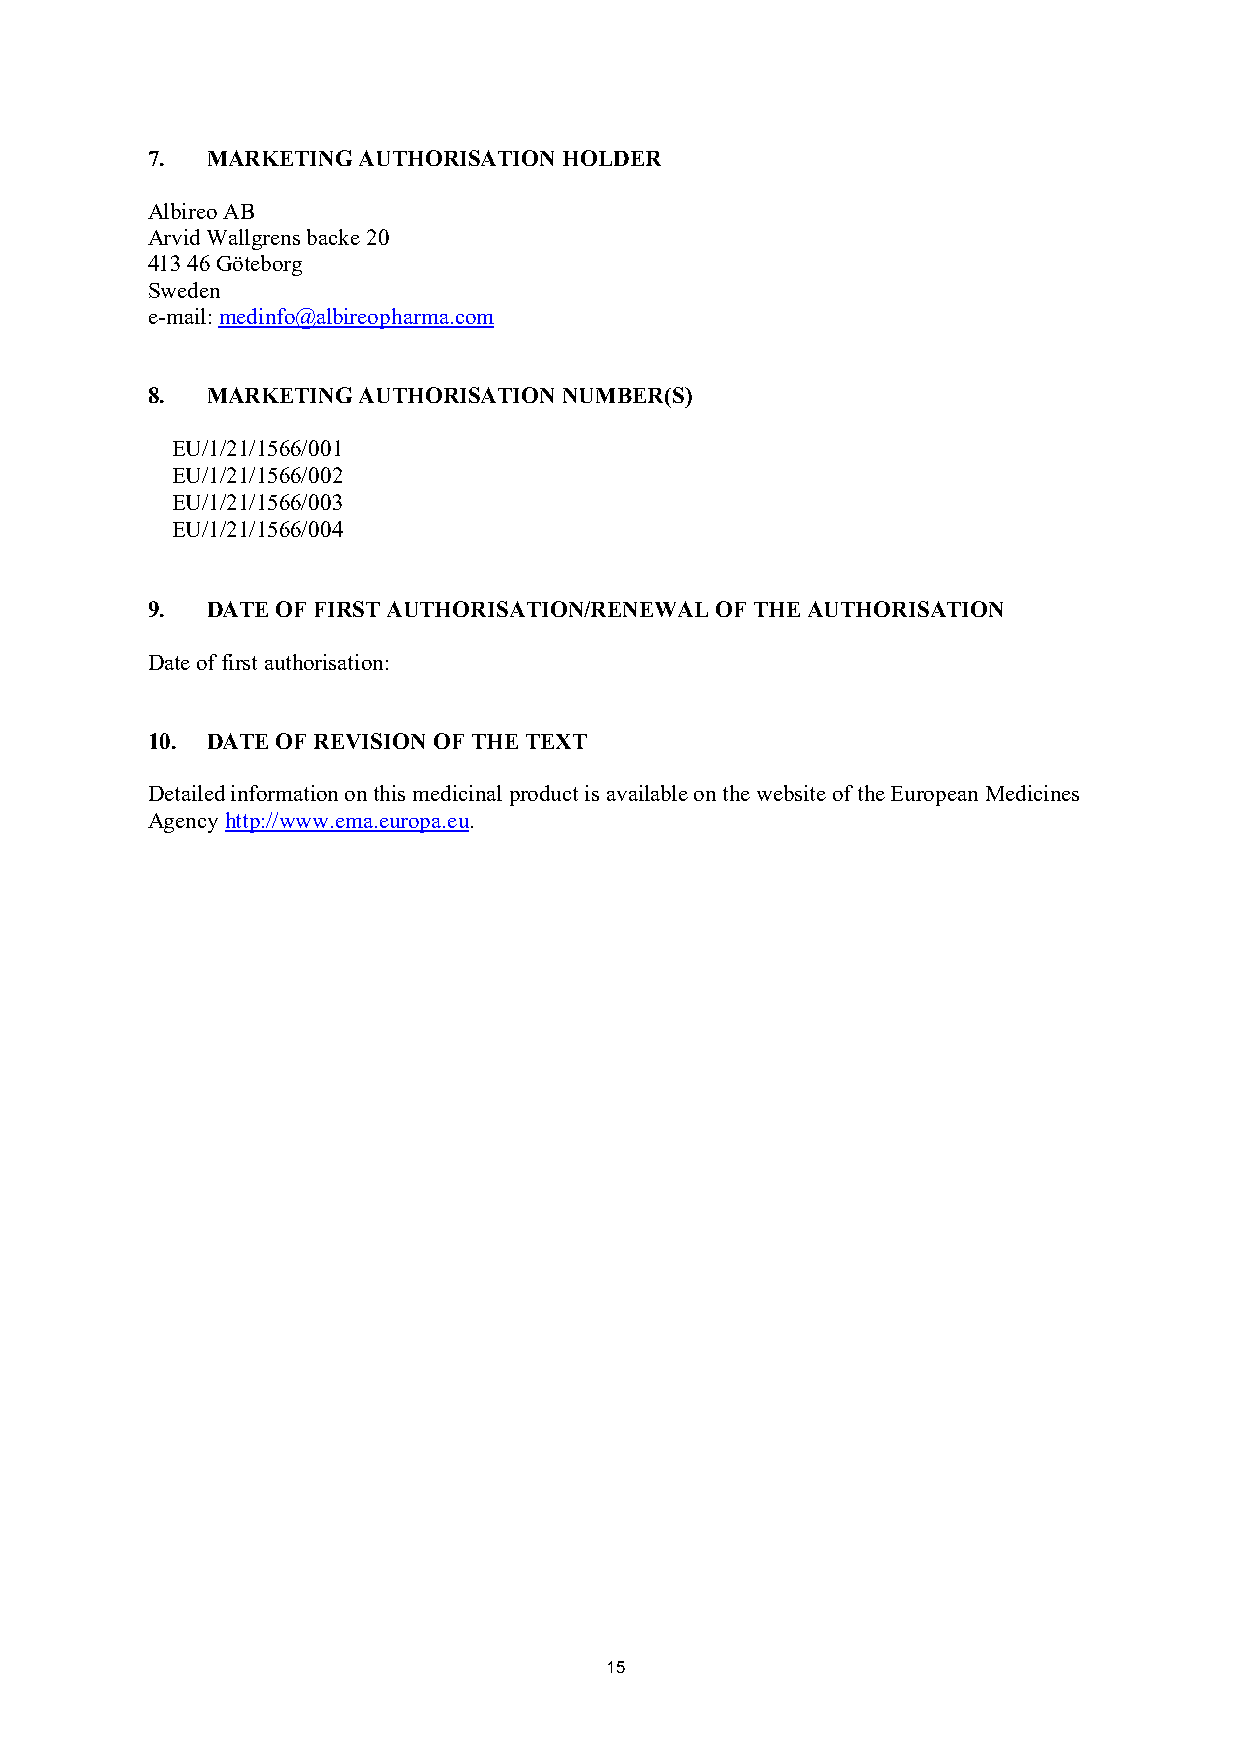
7.  MARKETING AUTHORISATION HOLDER
 Albireo AB
 Arvid Wallgrens backe 20
 413 46 Göteborg
 Sweden
 e-mail: medinfo@albireopharma.com
 8.  MARKETING AUTHORISATION NUMBER(S)
 EU/1/21/1566/001
 EU/1/21/1566/002
 EU/1/21/1566/003
 EU/1/21/1566/004
 9.  DATE OF FIRST AUTHORISATION/RENEWAL OF THE AUTHORISATION
 Date of first authorisation:
 10. DATE OF REVISION OF THE TEXT
 Detailed information on this medicinal product is available on the website of the European Medicines
 Agency http://www.ema.europa.eu.
 15